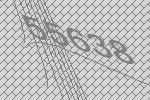
55638